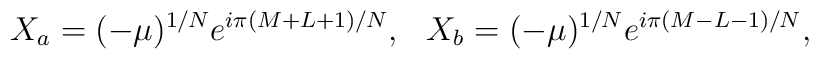
X_a=(-\mu)^{1/N}e^{i\pi(M+L+1)/N}, \hskip3mm X_b=(-\mu)^{1/N}e^{i\pi(M-L-1)/N},